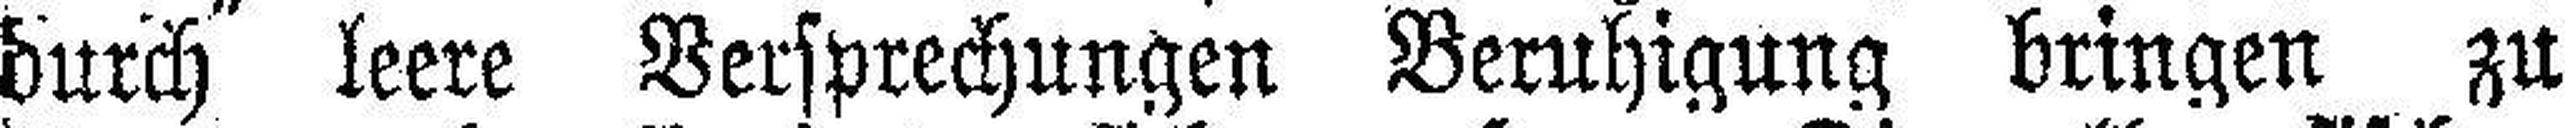
durch leere Versprechungen Beruhigung bringen zu